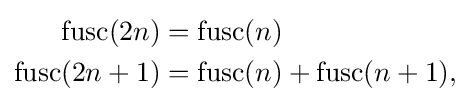
{\begin{aligned}\operatorname {fusc} (2n)&=\operatorname {fusc} (n)\\\operatorname {fusc} (2n+1)&=\operatorname {fusc} (n)+\operatorname {fusc} (n+1),\end{aligned}}